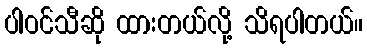
ပါဝင်သီဆို ထားတယ်လို့ သိရပါတယ်။